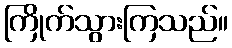
ကြိုက်သွားကြသည်။